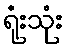
ရုံးသုံး